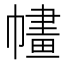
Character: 𢄶